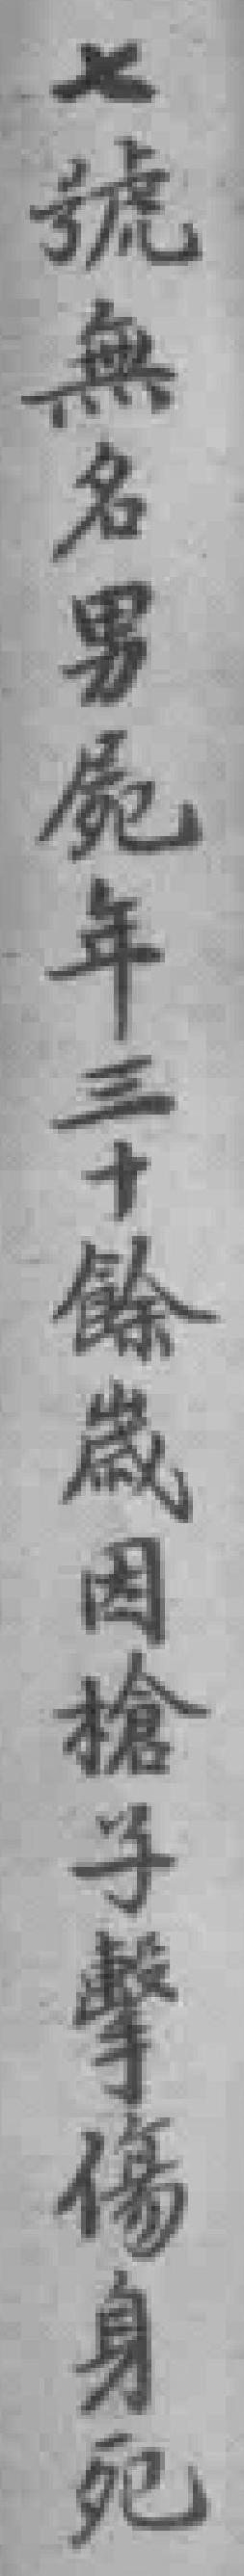
七號無名男屍年三十餘歲因槍子擊傷身死